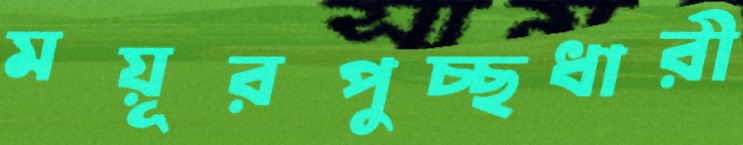
ময়ূরপুচ্ছধারী